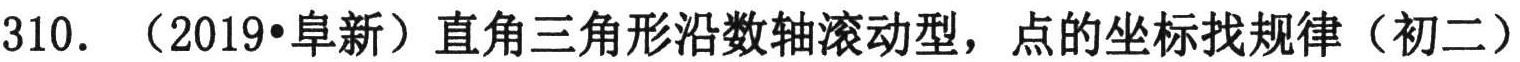
310. （2019•阜新）直角三角形沿数轴滚动型，点的坐标找规律（初二）